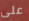
على